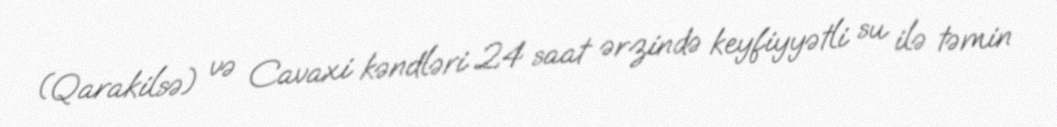
(Qarakilsə) və Cavaxi kəndləri 24 saat ərzində keyfiyyətli su ilə təmin